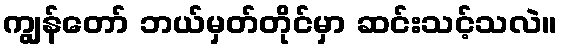
ကျွန်တော် ဘယ်မှတ်တိုင်မှာ ဆင်းသင့်သလဲ။